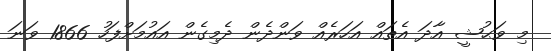
މި ވަޙުޝީ އާދަ އެތައް އަހަރެއް ވަންދެން ދެމިގެން އައުމަށްފަހު 1866 ވަނަ